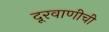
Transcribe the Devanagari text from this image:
दूरवाणीची